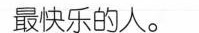
最快乐的人。